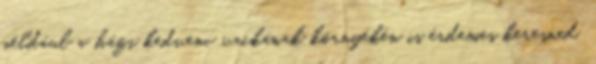
például a házi kedvenc vackának környékén is érdemes keresned.